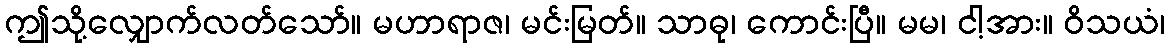
ဤသို့လျှောက်လတ်သော်။ မဟာရာဇ၊ မင်းမြတ်။ သာဓု၊ ကောင်းပြီ။ မမ၊ ငါ့အား။ ဝိသယံ၊